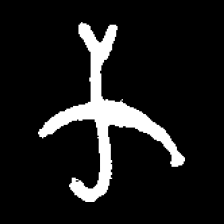
Pyu character \u2014 Myanmar letter: က (romanized: ka)